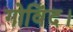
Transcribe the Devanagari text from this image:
गोविंद।